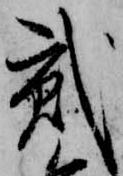
貳